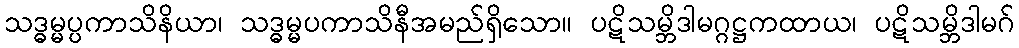
သဒ္ဓမ္မပ္ပကာသိနိယာ၊ သဒ္ဓမ္မပကာသိနီအမည်ရှိသော။ ပဋိသမ္ဘိဒါမဂ္ဂဋ္ဌကထာယ၊ ပဋိသမ္ဘိဒါမဂ်